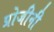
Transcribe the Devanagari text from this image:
प्रोजीनी